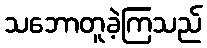
သဘောတူခဲ့ကြသည်